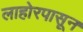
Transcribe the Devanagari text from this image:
लाहोरपासून